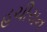
હચીચન